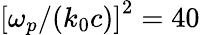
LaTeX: {\left[\omega_{p}/{\left(k_{0}c\right)}\right]}^{2}=40